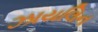
ઝાયલિન